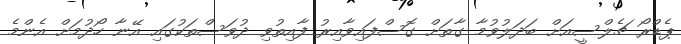
ޕެޑްރޯ ޗެލްސީއަށް ބަދަލުވުމާ ގާތަށް ގޮސްފައިވާއިރު ފާއިތުވި ދުވަސްތަކުގައި އޭނާ ހޯދުމަށް އެންމެ